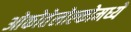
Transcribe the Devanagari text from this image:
ओकोतेलोल्कोमध्ये